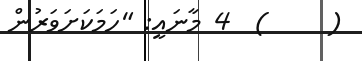
(     )  4 މާނައީ: "ހަމަކަށަވަރުން